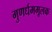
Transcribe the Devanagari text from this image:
गुणर्धममूलक